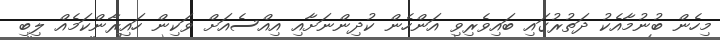
މިހެން ބުނުމާއެކު ދަތުރުގައި ބައިވެރިވި އަންހެން ކުދިންނަށާއި އިއްސެއަށް ވަކިން ހައިރާންކަމެއް ލިބި